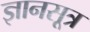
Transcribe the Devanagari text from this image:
ज्ञानसूत्र